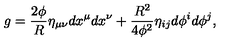
g = \frac { 2 \phi } { R } \eta _ { \mu \nu } d x ^ { \mu } d x ^ { \nu } + \frac { R ^ { 2 } } { 4 \phi ^ { 2 } } \eta _ { i j } d \phi ^ { i } d \phi ^ { j } ,